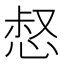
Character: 惄